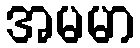
အမမာ